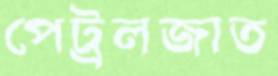
পেট্রলজাত